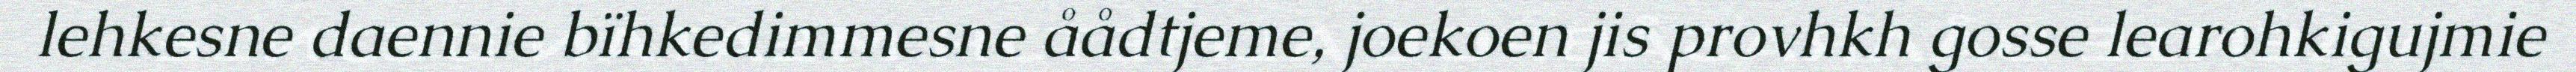
lehkesne daennie bïhkedimmesne åådtjeme, joekoen jis provhkh gosse learohkigujmie